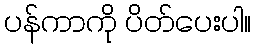
ပန်ကာကို ပိတ်ပေးပါ။